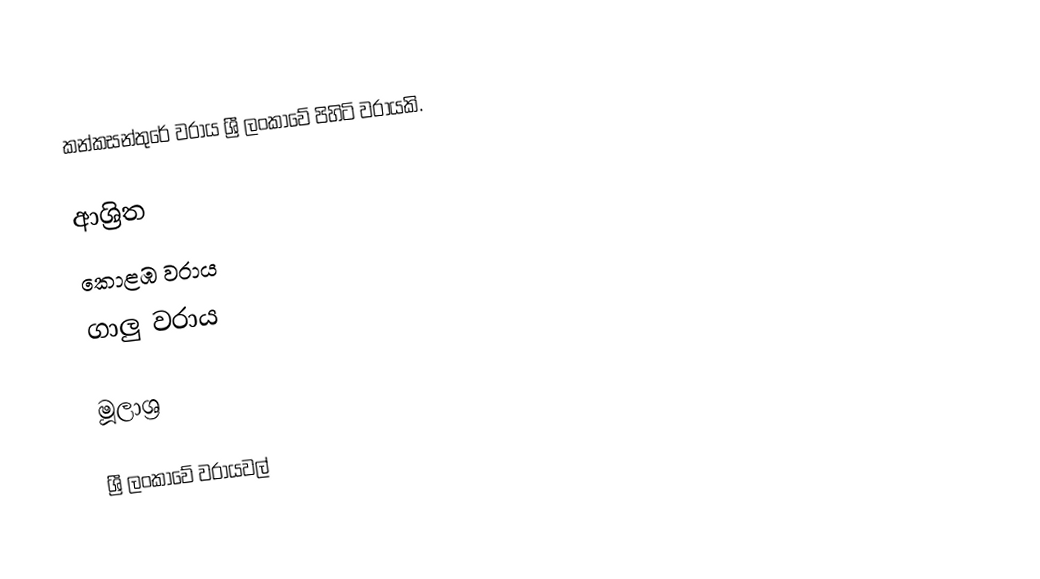
කන්කසන්තුරේ වරාය ශ්‍රී ලංකාවේ පිහිටි වරායකි.

ආශ්‍රිත
 කොළඹ වරාය
 ගාලු වරාය

මූලාශ්‍ර

ශ්‍රී ලංකාවේ වරායවල්